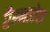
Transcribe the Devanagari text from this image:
रैम्नारेस